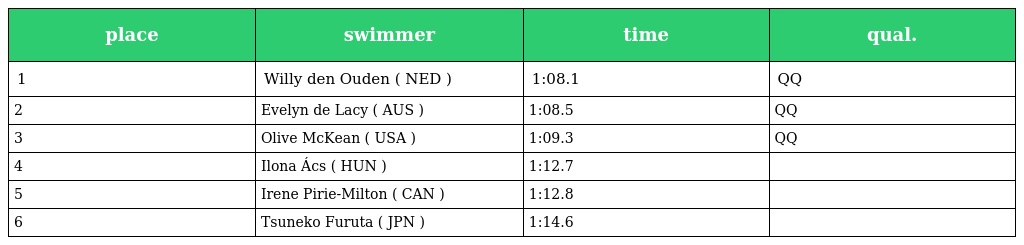
| place | swimmer | time | qual. |
 | --- | --- | --- | --- |
 | 1 | Willy den Ouden ( NED ) | 1:08.1 | QQ |
 | 2 | Evelyn de Lacy ( AUS ) | 1:08.5 | QQ |
 | 3 | Olive McKean ( USA ) | 1:09.3 | QQ |
 | 4 | Ilona Ács ( HUN ) | 1:12.7 |  |
 | 5 | Irene Pirie-Milton ( CAN ) | 1:12.8 |  |
 | 6 | Tsuneko Furuta ( JPN ) | 1:14.6 |  |